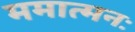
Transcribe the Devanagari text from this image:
ममात्मनः